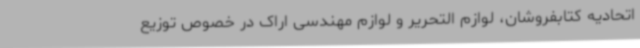
اتحادیه کتابفروشان، لوازم التحریر و لوازم مهندسی اراک در خصوص توزیع